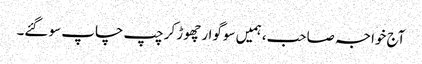
آج خواجہ صاحب، ہمیں سوگوار چھوڑ کر چپ چاپ سو گئے۔